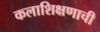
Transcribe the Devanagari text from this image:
कलाशिक्षणाची